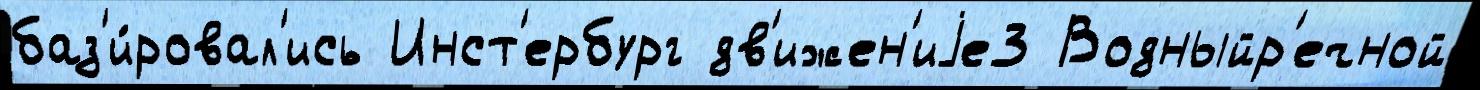
баз'и́ровал'ись Инст'ербург дв'ижен'иjе3 Водныйр'ечной